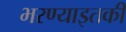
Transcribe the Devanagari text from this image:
भरण्याइतकी